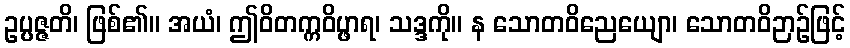
ဥပ္ပဇ္ဇတိ၊ ဖြစ်၏။ အယံ၊ ဤဝိတက္ကဝိပ္ဖာရ၊ သဒ္ဒကို။ န သောတဝိညေယျော၊ သောတဝိဉာဉ်ဖြင့်